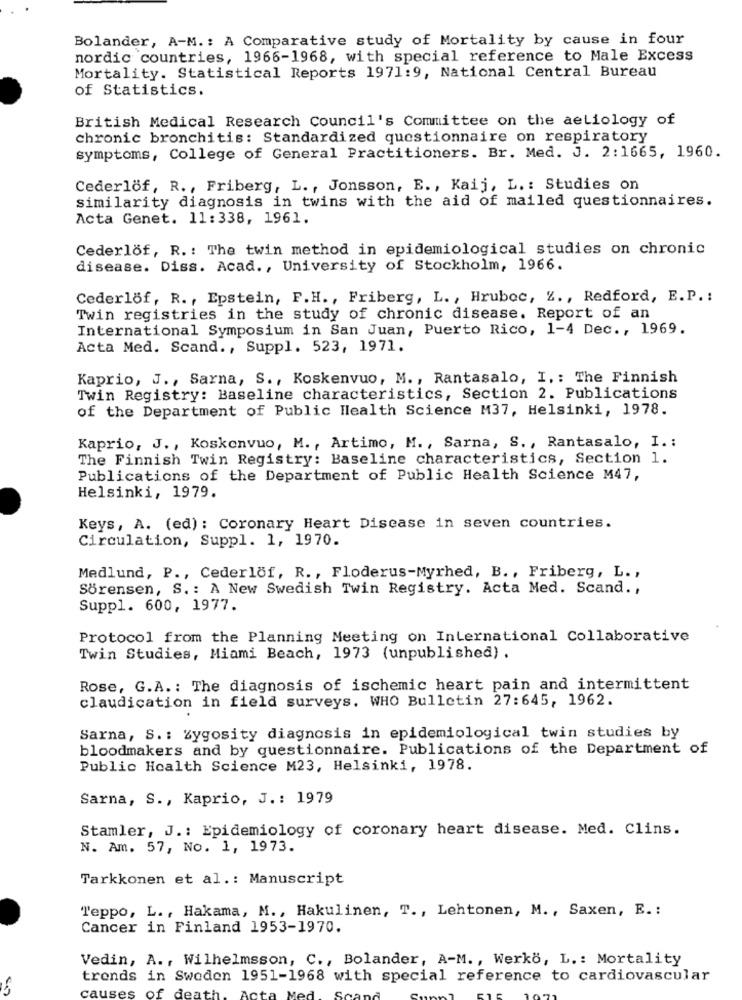
Bolander, A-M .: A Comparative study of Mortality by cause in four
nordic countries, 1966-1968, with special reference to Male Excess
Mortality. Statistical Reports 1971:9, National Central Bureau
of Statistics.
British Medical Research Council's Committee on the aetiology of
chronic bronchitis: Standardized questionnaire on respiratory
symptoms, College of General Practitioners. Br. Med. J. 2:1665, 1960.
Cederlöf, R ., Friberg, L ., Jonsson, E ., Kaij, L .: Studies on
similarity diagnosis in twins with the aid of mailed questionnaires.
Acta Genet. 11:338, 1961.
Cederlof, R .: The twin method in epidemiological studies on chronic
disease. Diss. Acad ., University of Stockholm, 1966.
Cederlof, R ., Epstein, F.H ., Friberg, L ., Hrubec, Z ., Redford, E.P. :
Twin registries in the study of chronic disease. Report of an
International Symposium in San Juan, Puerto Rico, 1-4 Dec ., 1969.
Acta Med. Scand ., Suppl. 523, 1971.
Kaprio, J ., Sarna, S ., Koskenvuo, M ., Rantasalo, I, : The Finnish
Twin Registry: Baseline characteristics, Section 2. Publications
of the Department of Public Health Science M37, Helsinki, 1978.
Kaprio, J ., Koskonvuo, M ., Artimo, M ., Sarna, S ., Rantasalo, I. :
The Finnish Twin Registry: Baseline characteristics, Section 1.
Publications of the Department of Public Health Science M47,
Helsinki, 1979.
Keys, A. (ed): Coronary Heart Disease in seven countries.
Circulation, Suppl. 1, 1970.
Medlund, P ., Cederlof, R ., Floderus-Myrhed, B ., Friberg, L. ,
Sörensen, S .: A New Swedish Twin Registry. Acta Med. Scand .,
Suppl. 600, 1977.
Protocol from the Planning Meeting on International Collaborative
Twin Studies, Miami Beach, 1973 (unpublished) .
Rose, G.A .: The diagnosis of ischemic heart pain and intermittent
claudication in field surveys. WHO Bulletin 27:645, 1962.
Sarna, S .: Zygosity diagnosis in epidemiological twin studies by
bloodmakers and by questionnaire. Publications of the Department of
Public Health Science M23, Helsinki, 1978.
Sarna, S ., Kaprio, J .: 1979
Stamler, J .: Epidemiology of coronary heart disease. Med. Clins.
N. Am. 57, No. 1, 1973.
Tarkkonen et al .: Manuscript
Teppo, L ., Hakama, M ., Hakulinen, T ., Lehtonen, M ., Saxen, E .:
Cancer in Finland 1953-1970.
Vedin, A ., Wilhelmsson, C ., Bolander, A-M ., Werkö, L .: Mortality
trends in Sweden 1951-1968 with special reference to cardiovascular
causes
of